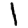
Digit: 1